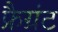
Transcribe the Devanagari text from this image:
फ्रैग्रंट